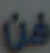
من